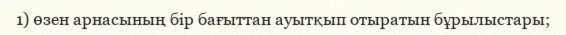
1) өзен арнасының бір бағыттан ауытқып отыратын бұрылыстары;